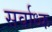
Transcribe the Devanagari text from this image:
सर्वाध्क